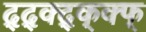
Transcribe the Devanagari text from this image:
द्द्क्द्क्क्फ्